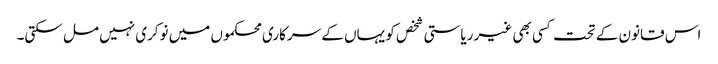
اس قانون کے تحت کسی بھی غیر ریاستی شخص کو یہاں کے سرکاری محکموں میں نوکری نہیں مل سکتی۔